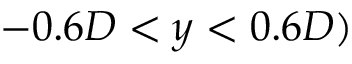
- 0 . 6 D < y < 0 . 6 D )